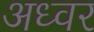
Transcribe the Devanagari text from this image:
अध्वर